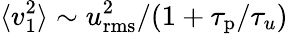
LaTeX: \langle v_{1}^{2}\rangle\sim u_{\mathrm{rms}}^{2}/(1+\tau_{\mathrm{p}}/\tau_{u})